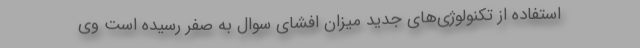
استفاده از تکنولوژی‌های جدید میزان افشای سوال به صفر رسیده است وی